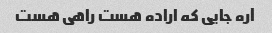
آره جایی که اراده هست راهی هست